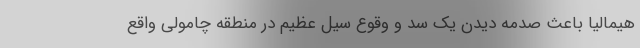
هیمالیا باعث صدمه دیدن یک سد و وقوع سیل عظیم در منطقه چامولی واقع